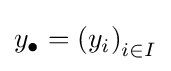
y_{\bullet }=\left(y_{i}\right)_{i\in I}